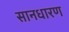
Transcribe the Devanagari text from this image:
सानधारण